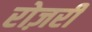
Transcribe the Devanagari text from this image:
रोज़री